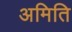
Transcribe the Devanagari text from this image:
अमिति